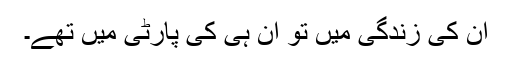
اُن کی زندگی میں تو ان ہی کی پارٹی میں تھے۔